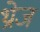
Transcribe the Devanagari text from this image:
थ्रोज